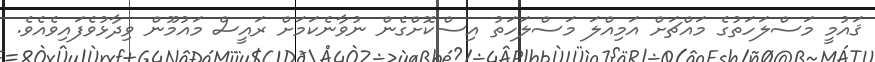
ޤައުމީ މަސްލަހަތުގެ މައްޗަށް އަމިއްލަ މަސްލަހަތު އިސްކޮށްގެން ނުވާނެކަމަށް ރައީސް މައުމޫން ވިދާޅުވެފައިވެއެވެ.